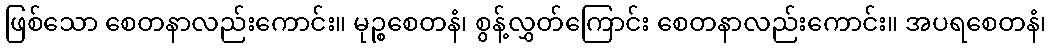
ဖြစ်သော စေတနာလည်းကောင်း။ မုဉ္စစေတနံ၊ စွန့်လွှတ်ကြောင်း စေတနာလည်းကောင်း။ အပရစေတနံ၊